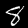
Digit: 8